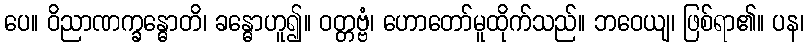
ပေ။ ဝိညာဏက္ခန္ဓောတိ၊ ခန္ဓောဟူ၍။ ဝတ္တဗ္ဗံ၊ ဟောတော်မူထိုက်သည်။ ဘဝေယျ၊ ဖြစ်ရာ၏။ ပန၊